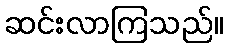
ဆင်းလာကြသည်။